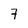
Character: 7